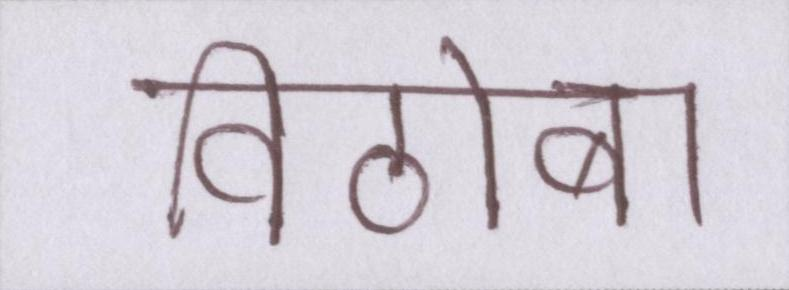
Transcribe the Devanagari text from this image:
विठोबा